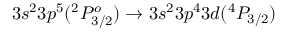
3 s ^ { 2 } 3 p ^ { 5 } ( ^ { 2 } P _ { 3 / 2 } ^ { o } ) \rightarrow 3 s ^ { 2 } 3 p ^ { 4 } 3 d ( ^ { 4 } P _ { 3 / 2 } )